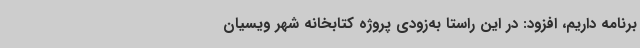
برنامه داریم، افزود: در این راستا به‌زودی پروژه کتابخانه شهر ویسیان